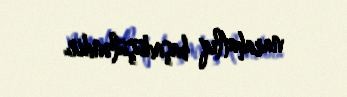
narahatlıq başadüşüləndir.